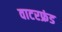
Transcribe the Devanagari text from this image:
वाटरफ्रंड